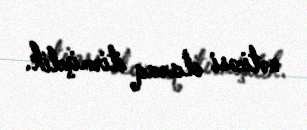
nəticəsi olaraq itirmişdik.